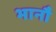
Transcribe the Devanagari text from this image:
भानौ